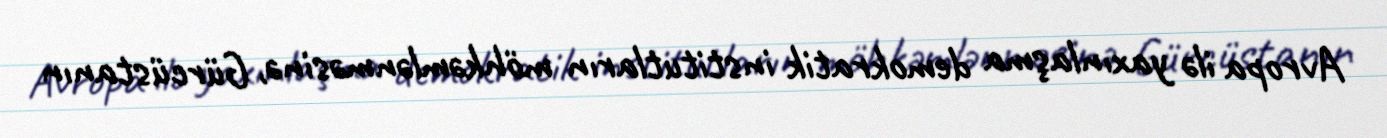
Avropa ilə yaxınlaşma demokratik institutların möhkəmlənməsinə, Gürcüstanın